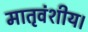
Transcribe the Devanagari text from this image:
मातृवंशीय।